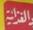
الفزاير